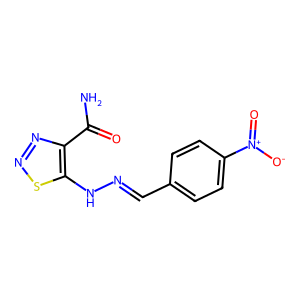
SMILES: NC(=O)c1nnsc1NN=Cc1ccc([N+](=O)[O-])cc1
Inhibits HIV replication: No